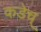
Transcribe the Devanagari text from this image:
कडेच्